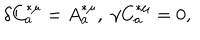
LaTeX: \delta C _ { a } ^ { * \mu } = A _ { a } ^ { * \mu } , \; \gamma C _ { a } ^ { * \mu } = 0 ,